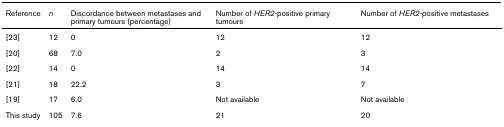
<table><thead><tr><td><b>Reference</b></td><td><b><i>n</i></b></td><td><b>Discordance between metastases and primary tumours (percentage)</b></td><td><b>Number of <i>HER2</i>-positive primary tumours</b></td><td><b>Number of <i>HER2</i>-positive metastases</b></td></tr></thead><tbody><tr><td>[23]</td><td>12</td><td>0</td><td>12</td><td>12</td></tr><tr><td>[20]</td><td>68</td><td>7.0</td><td>2</td><td>3</td></tr><tr><td>[22]</td><td>14</td><td>0</td><td>14</td><td>14</td></tr><tr><td>[21]</td><td>18</td><td>22.2</td><td>3</td><td>7</td></tr><tr><td>[19]</td><td>17</td><td>6.0</td><td>Not available</td><td>Not available</td></tr><tr><td>This study</td><td>105</td><td>7.6</td><td>21</td><td>20</td></tr></tbody></table>